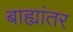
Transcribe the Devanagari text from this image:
बाह्यांतर